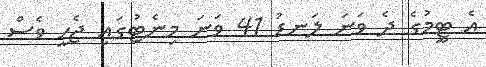
އެ ޓީމުގެ ދެ ވަނަ ލަނޑު 41 ވަނަ މިނެޓުގައި ޖެހީ ވެސް